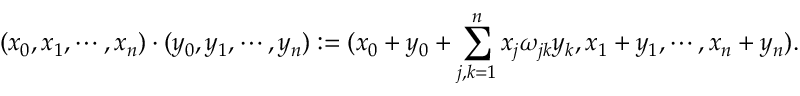
( x _ { 0 } , x _ { 1 } , \cdots , x _ { n } ) \cdot ( y _ { 0 } , y _ { 1 } , \cdots , y _ { n } ) : = ( x _ { 0 } + y _ { 0 } + \sum _ { j , k = 1 } ^ { n } x _ { j } \omega _ { j k } y _ { k } , x _ { 1 } + y _ { 1 } , \cdots , x _ { n } + y _ { n } ) .